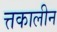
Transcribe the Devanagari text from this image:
त्तकालीन